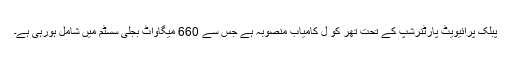
پبلک پرائیویٹ پارٹنرشپ کے تحت تھر کو ل کامیاب منصوبہ ہے جس سے 660 میگاواٹ بجلی سسٹم میں شامل ہورہی ہے۔